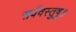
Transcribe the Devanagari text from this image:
सर्ववस्तुषु॥